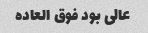
عالی بود فوق العاده